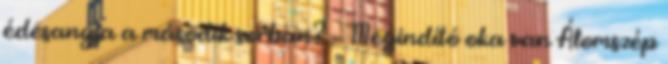
édesanyja a második sorban? – Megindító oka van Álomszép